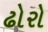
ઢોરો